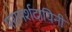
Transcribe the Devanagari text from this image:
परामर्शदायिनी